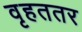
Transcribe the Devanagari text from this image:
वृहततर